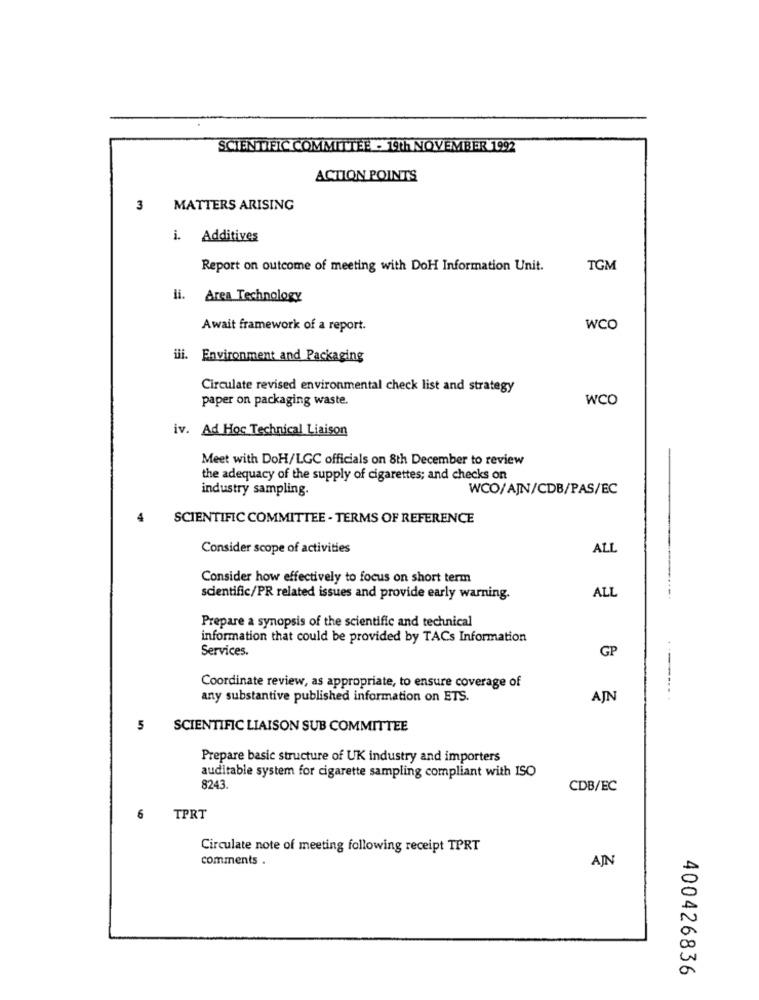
SCIENTIFIC COMMITTEE . 9Th NOVEMBER 1992
ACTION POINTS
3 MATTERS ARISING
i. Additives
Report on outcome of meeting with DoH Information Unit.
TGM
ii. Area Technology
Await framework of a report.
WCO
ili. Environment and Packaging
Circulate revised environmental check list and strategy
paper on packaging waste.
WCO
iv. Ad Hoc Technical Liaison
Meet with DoH/LGC officials on 8th December to review
the adequacy of the supply of cigarettes; and checks on
industry sampling.
WCO/AJN/CDB/PAS/EC
4
SCIENTIFIC COMMITTEE - TERMS OF REFERENCE
Consider scope of activities
ALL
Consider how effectively to focus on short term
scientific/PR related issues and provide early warning.
AL
---
Prepare a synopsis of the scientific and technical
information that could be provided by TACs Information
Services.
GP
Coordinate review, as appropriate, to ensure coverage of
any substantive published information on ETS.
AJN
5 SCIENTIFIC LIAISON SUB COMMITTEE
Prepare basic structure of UK industry and importers
auditable system for cigarette sampling compliant with ISO
8243.
CDB/EC
6
TPRT
Circulate note of meeting following receipt TPRT
comments .
AJN
400426836